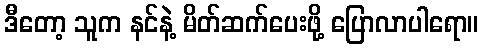
ဒီတော့ သူက နင်နဲ့ မိတ်ဆက်ပေးဖို့ ပြောလာပါရော။